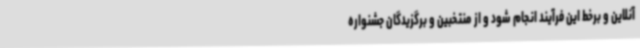
آنلاین و برخط این فرآیند انجام شود و از منتخبین و برگزیدگان جشنواره